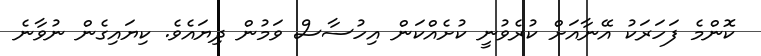
ކޮންމެ ފަހަރަކު އޭނާއަށް ކުރެވުނީ ކުށެއްކަން އިހުސާސް ވަމުން ދިޔައެވެ. ކިޔައިގެން ނުވާނެ